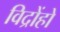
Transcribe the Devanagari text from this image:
विद्रोंहो